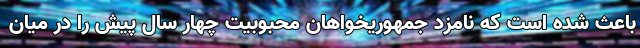
باعث شده است که نامزد جمهوریخواهان محبوبیت چهار سال پیش را در میان